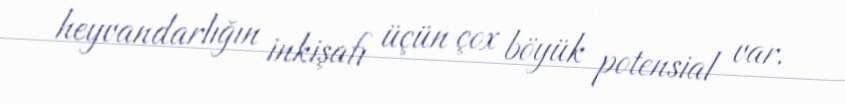
heyvandarlığın inkişafı üçün çox böyük potensial var.